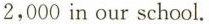
2,000 in our school.